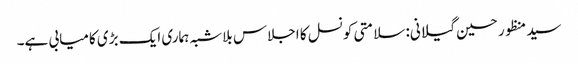
سید منظور حسین گیلانی: سلامتی کونسل کا اجلاس بلاشبہ ہماری ایک بڑی کامیابی ہے۔